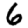
Digit: 6